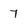
Character: 7